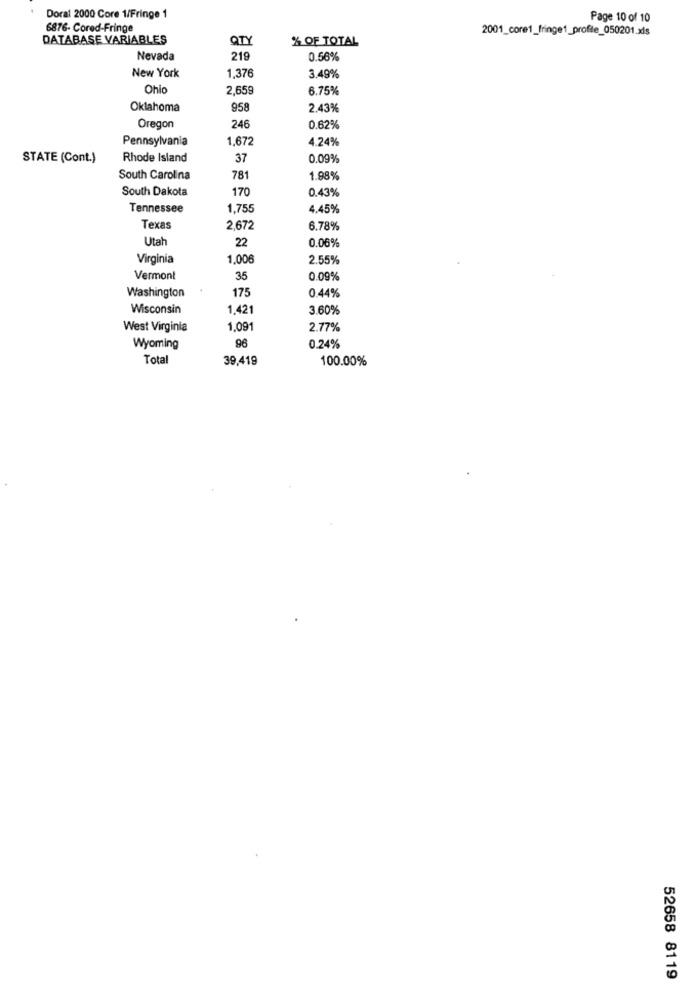
Doral 2000 Core 1/Fringe 1
Page 10 of 10
6876- Cored-Fringe
2001_core1_fringe1_proffe_050201.xls
DATABASE VARIABLES
QTY
% OF TOTAL
Nevada
219
0.56%
New York
1,376
3.49%
Ohio
2,659
6.75%
Oklahoma
958
2.43%
Oregon
246
0.62%
Pennsylvania
1,672
4.24%
STATE (Cont.)
Rhode Island
37
0.09%
South Carolina
781
1.98%
South Dakota
170
0.43%
Tennessee
1,755
4.45%
Texas
2.672
6.78%
Utah
0.06%
22
Virginia
1.006
2.55%
Vermont
35
0.09%
175
Washington
0.44%
Wisconsin
1,421
3.60%
West Virginia
1,09
2.77%
96
Wyoming
0.24%
Total
39,419
100.00%
52658 8119